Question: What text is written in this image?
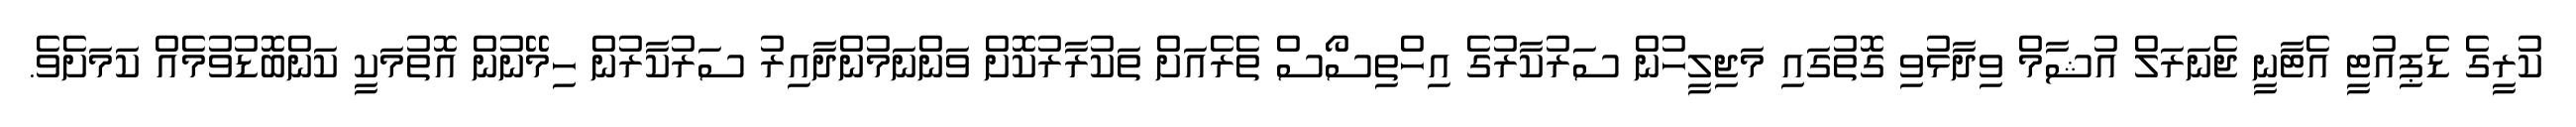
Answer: ކުރީގެ ޑެޕިއުޓީ އެޓާނީ ޖެނަރަލް އުޝާމް ވިދާޅުވި ގޮތުގައި މަޖިލީހުން ސަރުކާރުގެ އިހްތިސޯސް ތެރެއަށް ތަކުރާރުކޮށް ވަންނަމުންދާއިރު ސަރުކާރުން ހިމޭނުން އޮތުމަކީ ކަންބޮޑުވުމެއް ކަމަށެވެ.